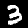
Label: 3